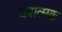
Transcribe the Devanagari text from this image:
यंत्रात्मक